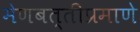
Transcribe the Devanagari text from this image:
मेणबत्तीप्रमाणे